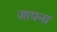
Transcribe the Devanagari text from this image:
जाफ्ना